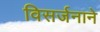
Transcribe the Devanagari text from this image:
विसर्जनाने